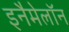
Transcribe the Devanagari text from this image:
इनैमेलॉन